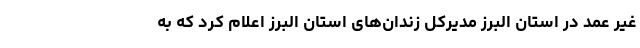
غیر عمد در استان البرز مدیرکل زندان‌های استان البرز اعلام کرد که به